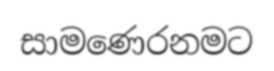
සාමණෙරනමට